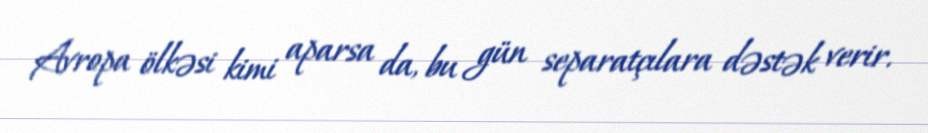
Avropa ölkəsi kimi aparsa da, bu gün separatçılara dəstək verir.